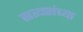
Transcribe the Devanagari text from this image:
सत्यसंध्या